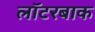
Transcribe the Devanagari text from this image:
लॉटरबाक